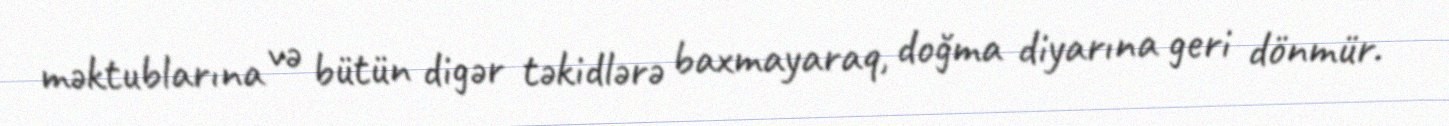
məktublarına və bütün digər təkidlərə baxmayaraq, doğma diyarına geri dönmür.